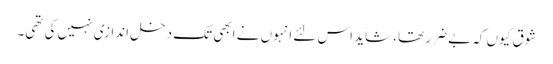
شوق کیوں کہ بے ضرر تھا، شاید اس لئے انہوں نے ابھی تک دخل اندازی نہیں کی تھی۔